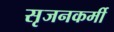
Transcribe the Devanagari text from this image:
सृजनकर्मी